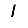
Digit: 1